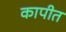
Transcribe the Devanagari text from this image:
कापीत